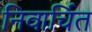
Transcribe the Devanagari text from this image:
निवार्चित